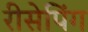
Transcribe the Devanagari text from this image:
रीसेपिंग